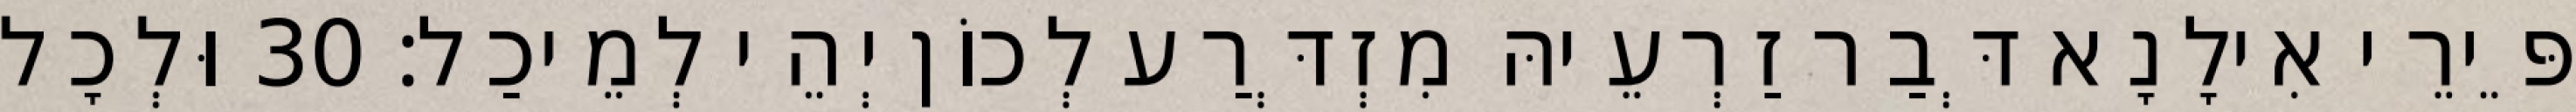
פֵּירֵי אִילָנָא דְּבַר זַרְעֵיהּ מִזְדְּרַע לְכוֹן יְהֵי לְמֵיכַל׃ 30 וּלְכָל